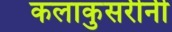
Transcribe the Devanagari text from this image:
कलाकुसरीनी